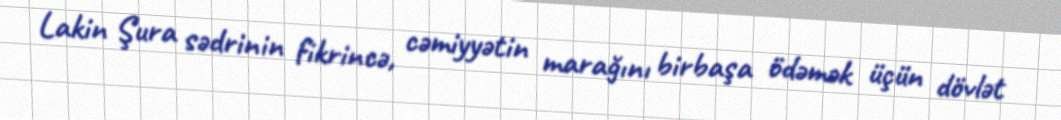
Lakin Şura sədrinin fikrincə, cəmiyyətin marağını birbaşa ödəmək üçün dövlət